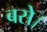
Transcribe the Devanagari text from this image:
बसेे।